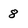
Character: 8